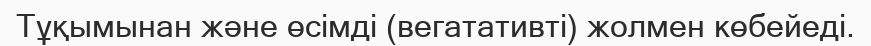
Тұқымынан және өсімді (вегатативті) жолмен көбейеді.